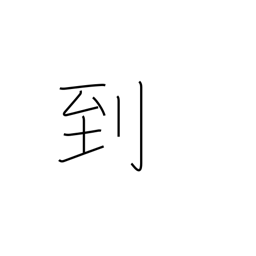
Meaning: arrival